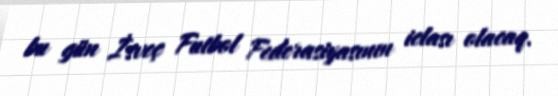
bu gün İsveç Futbol Federasiyasının iclası olacaq.